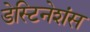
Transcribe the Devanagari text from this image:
डेस्टिनेशंस